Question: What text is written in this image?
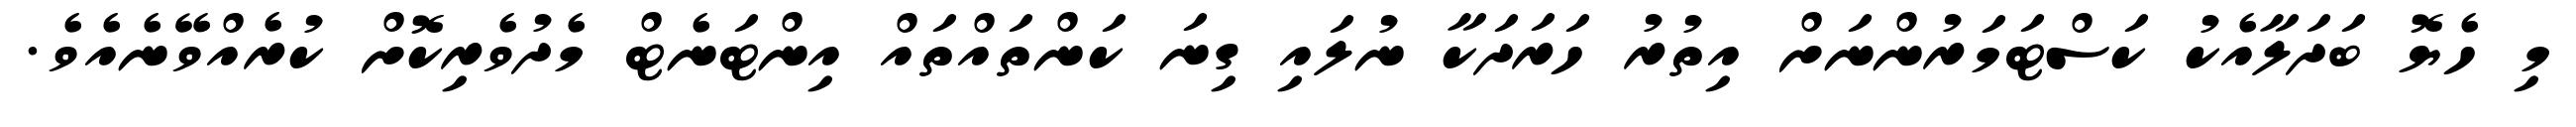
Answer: މި ހެޔޮ ބަދަލާއެކު ކަސްޓަމަރުންނަށް އިތުރު ހަރަދަކާ ނުލައި ގިނަ ކަންތައްތައް އިންޓަނެޓް މެދުވެރިކޮށް ކުރެއްވޭނެއެވެ.